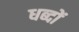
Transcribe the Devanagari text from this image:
धब्दों